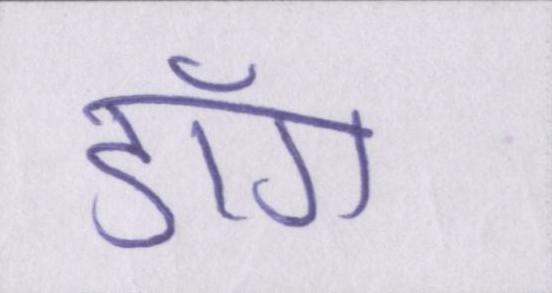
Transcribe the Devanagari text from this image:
डाँग